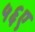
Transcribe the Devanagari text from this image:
५६ए